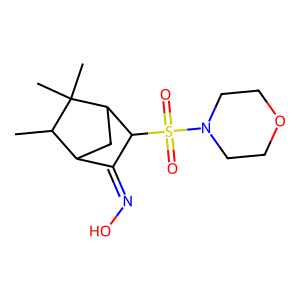
SMILES: CC1C2CC(C(S(=O)(=O)N3CCOCC3)C2=NO)C1(C)C
Inhibits HIV replication: No